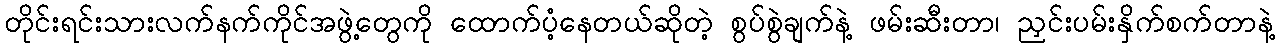
တိုင်းရင်းသားလက်နက်ကိုင်အဖွဲ့တွေကို ထောက်ပံ့နေတယ်ဆိုတဲ့ စွပ်စွဲချက်နဲ့ ဖမ်းဆီးတာ၊ ညှင်းပမ်းနှိက်စက်တာနဲ့